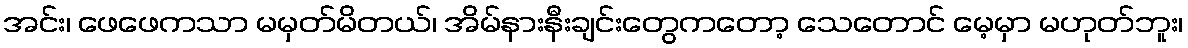
အင်း၊ ဖေဖေကသာ မမှတ်မိတယ်၊ အိမ်နားနီးချင်းတွေကတော့ သေတောင် မေ့မှာ မဟုတ်ဘူး၊